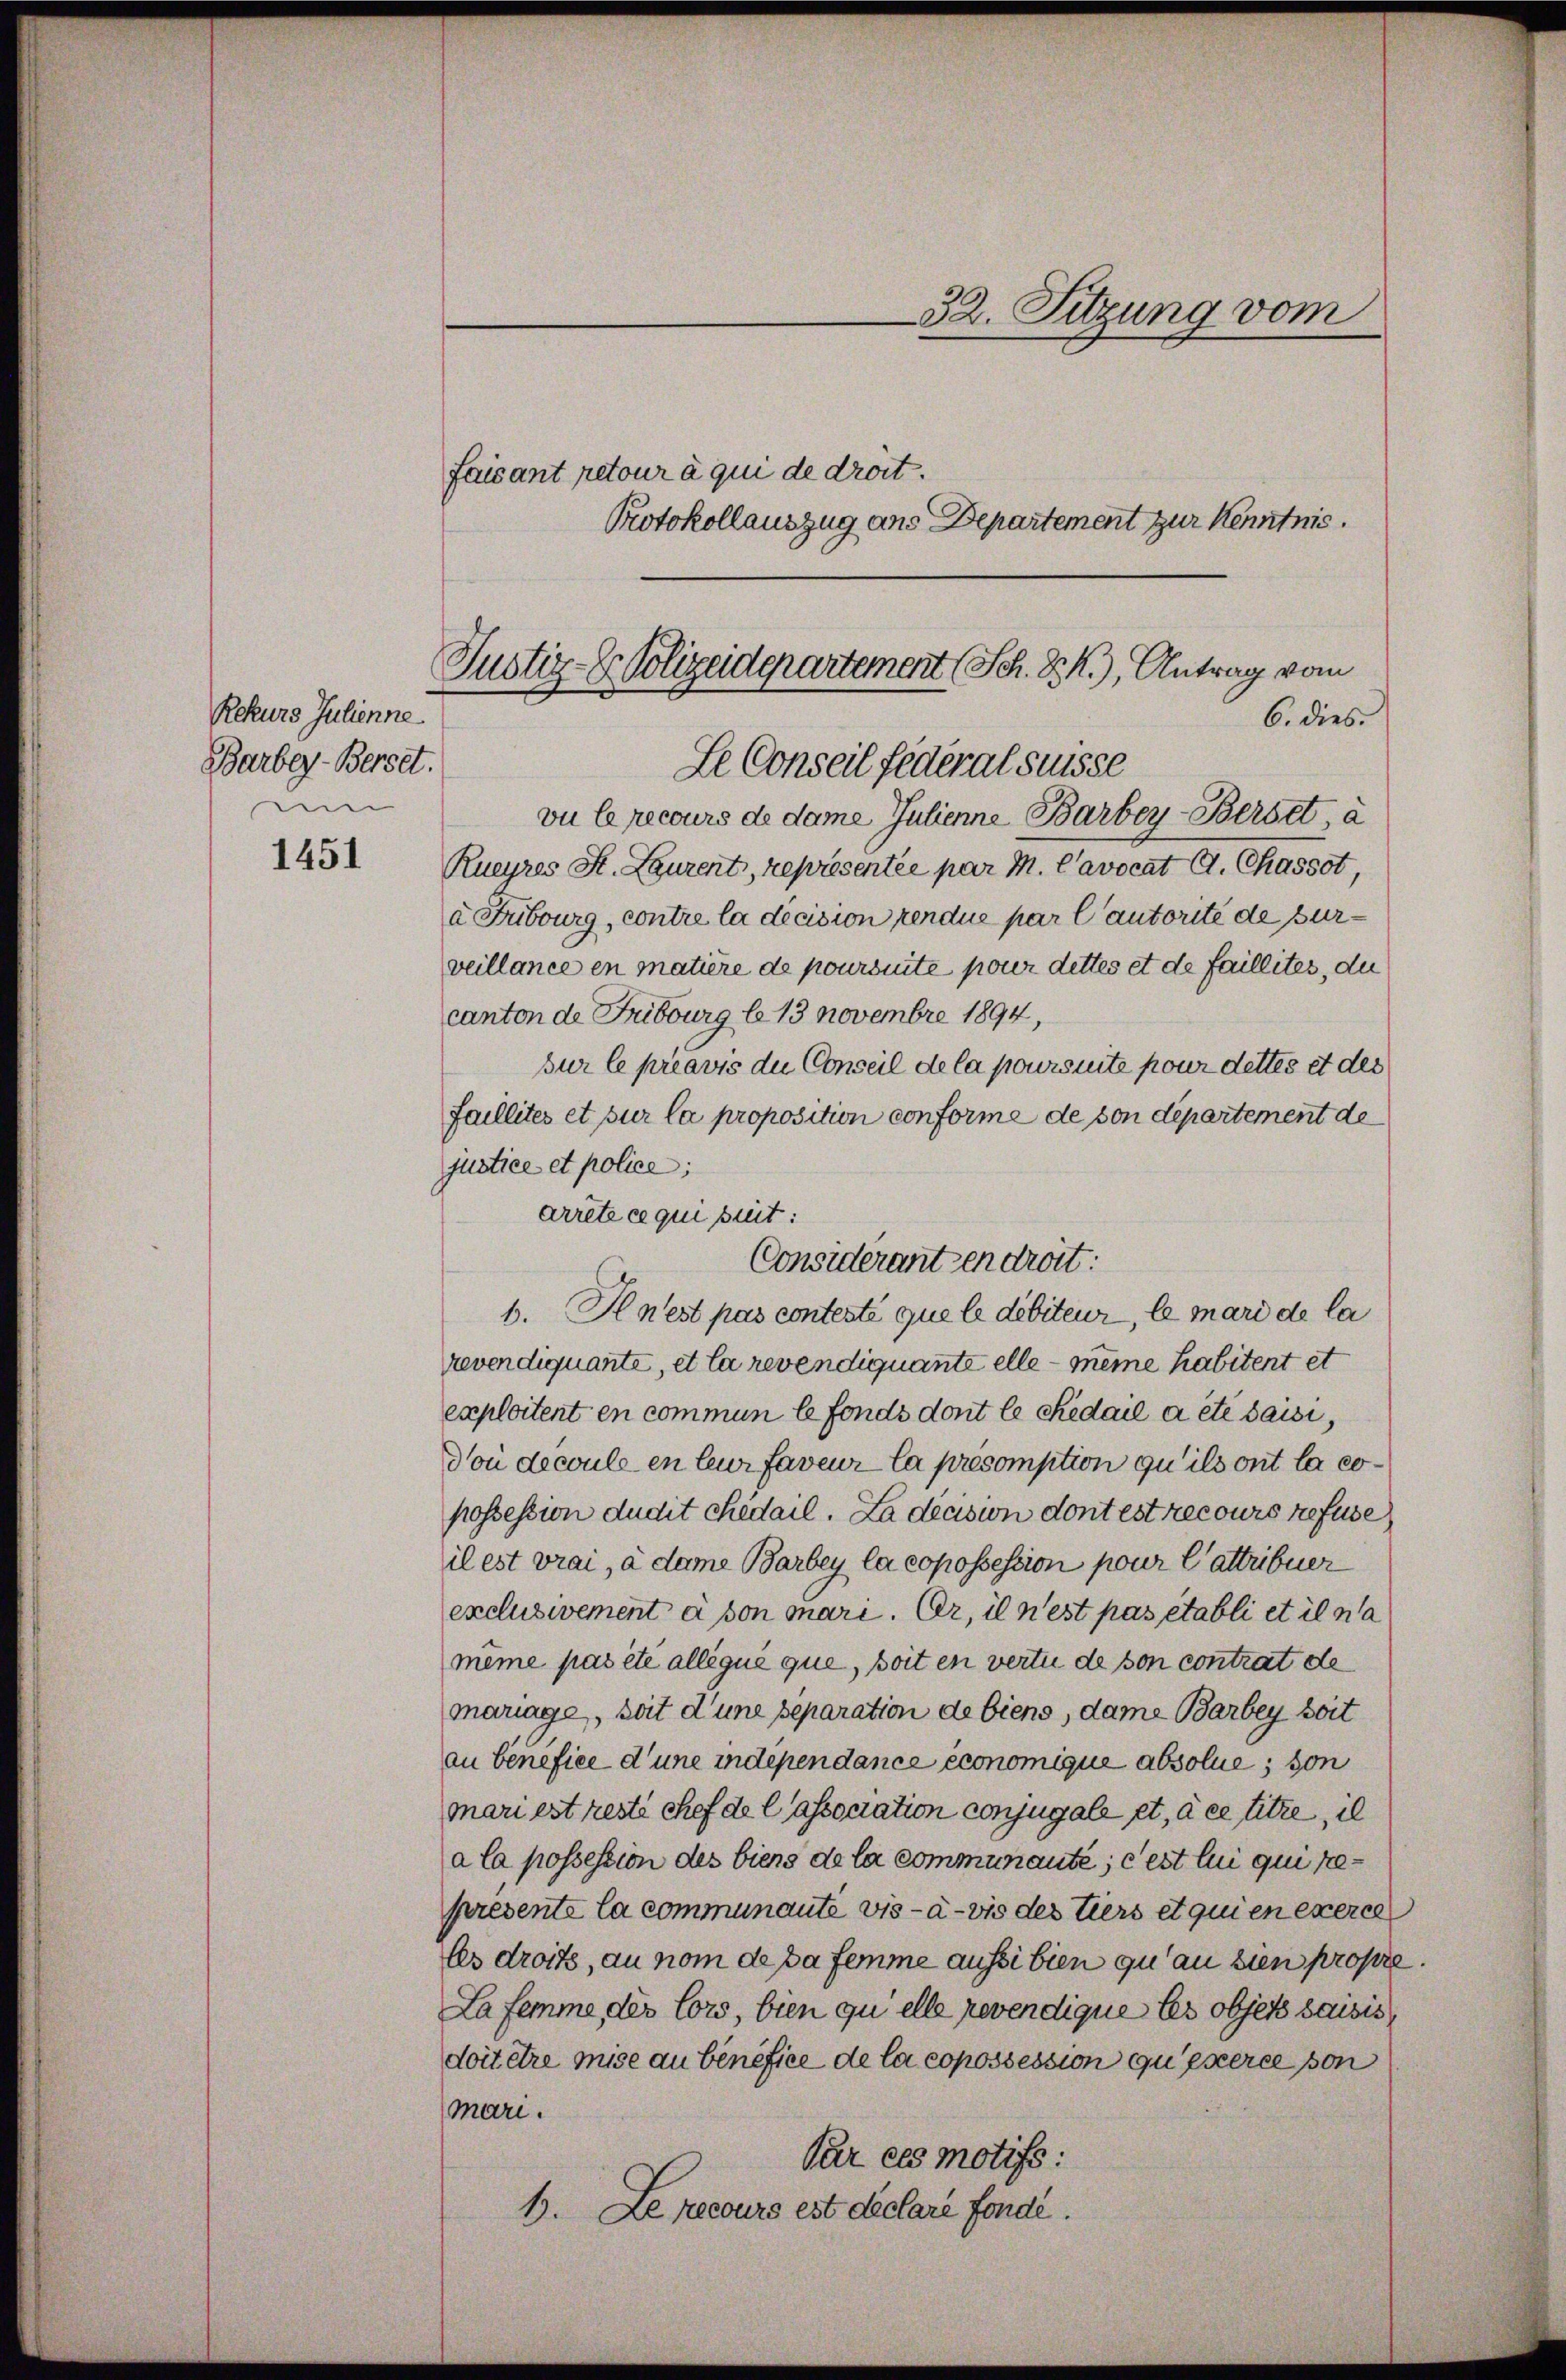
Rekurs Julienne
Barber-Berset.
um

1451

Justiz-Dr. Polizeidepartement (Sch. PK.), Antrag vom
6. dies.
Le Conseil fédéral süsse

vu le recours de dame Julienne Barbey-Berset, a
Kueyres St. Laurent, représentée par M. Cavocat C. Chassot
a Fubourg, contre la décision rendue par l’autorité de surveillance en matière de poursuite pour dettes et de faillites, du
canton de Fribourg l. 13 Novembre 1894,
sur le préavis die Conseil de la poursuite pour dettes et des
Faillités et sur la proposition conforme de son departement de
justice et police;
arrête ce qui suit:
b. Rlnest pas contesti que le débiteur, le mari de la
revendiquante, et la revendiquante elle - meine habitent et
exploitent en commun le fonds dont le Sedail a été saisi,
Von decoule en leur faveur la présomption qu’ils ont la copossession dudit chedail. La décision dont est recours refuse
il est vrai, à dame Barbey la copossession pour l’attribuer
exclusiement à son mari. Er, il n’est pas etabli et il na
même pas été allégué que, soit en vertu de son contrat de
mariage, soit d’une separation de biens, dame Barbey soit
au benefice d’une independance économique absolue, son
mari est reste chef de lassociation conjugale et, à ce titre, il
a la possession des biens de la communauté; c’est lui qui represente la communaute vis-à-vis des tiers et qui en exerce
Es droits, au nom de da femme aussi bien zu an sien propre.
La femme des Cors, bien zu elle revendique les objets saisis,
doit être mise au benefice de la copossession questerce son
mari.
Par ces motifs:
1. Le recours est declare fonde.

32. Sitzung vom
faisant retour à qui de droit.
Protokollauszug ans Departement zur Kenntnis.

Consideranten droit: